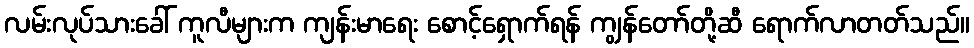
လမ်းလုပ်သားခေါ် ကူလီများက ကျန်းမာရေး စောင့်ရှောက်ရန် ကျွန်တော်တို့ဆီ ရောက်လာတတ်သည်။